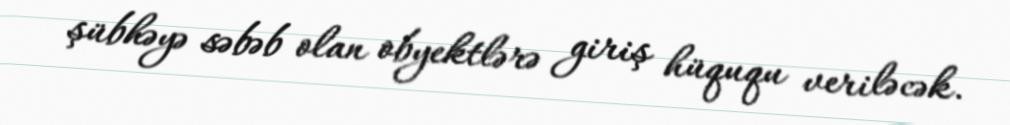
şübhəyə səbəb olan obyektlərə giriş hüququ veriləcək.